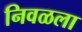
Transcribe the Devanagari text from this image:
निवळला